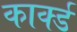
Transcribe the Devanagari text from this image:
कार्क्ड